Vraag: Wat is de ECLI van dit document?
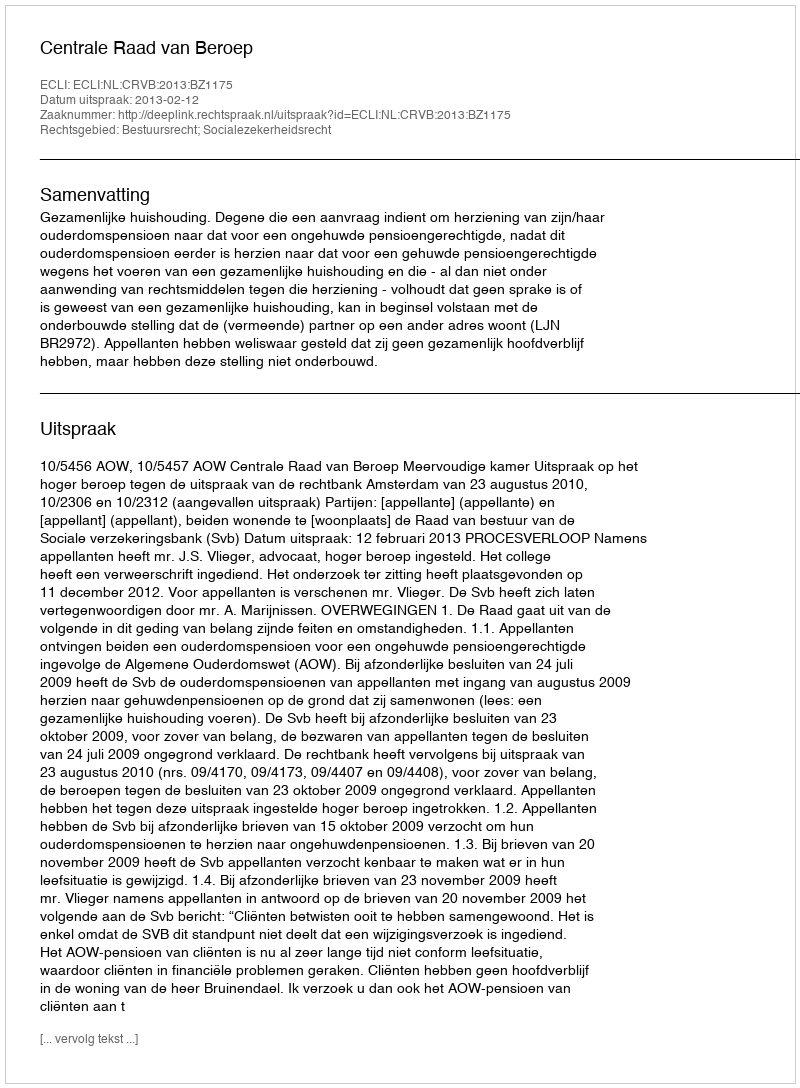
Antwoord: ECLI:NL:CRVB:2013:BZ1175